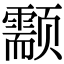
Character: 颥